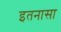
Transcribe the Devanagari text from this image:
इतनासा